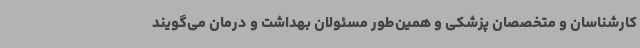
کارشناسان و متخصصان پزشکی و همین‌طور مسئولان بهداشت و درمان می‌گویند